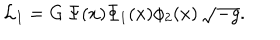
{ \cal L } _ { I } = G \, \Psi ( x ) \Phi _ { 1 } ( x ) \phi _ { 2 } ( x ) \, \sqrt { - g } .